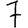
Digit: 7